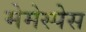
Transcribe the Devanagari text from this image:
मेमेस्पेस